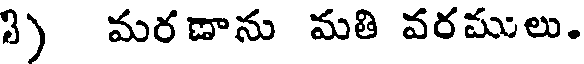
3) మరణాను మతి వరములు.